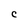
Character: C